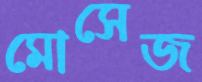
মোসেজ